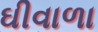
ઘીવાળા